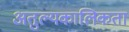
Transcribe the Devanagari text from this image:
अतुल्यकालिकता